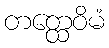
တတ္ထေဝိမံ